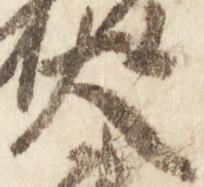
大